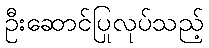
ဦးဆောင်ပြုလုပ်သည့်